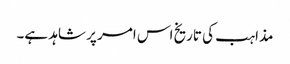
مذاہب کی تاریخ اس امر پر شاہد ہے۔